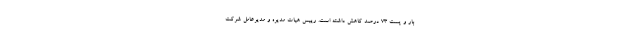
بار و پست ۷۳ درصد کاهش داشته است. رییس هیات مدیره و مدیرعامل شرکت